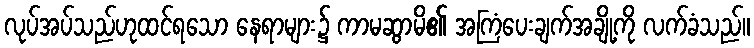
လုပ်အပ်သည်ဟုထင်ရသော နေရာများ၌ ကာမဆွာမိ၏ အကြံပေးချက်အချို့ကို လက်ခံသည်။